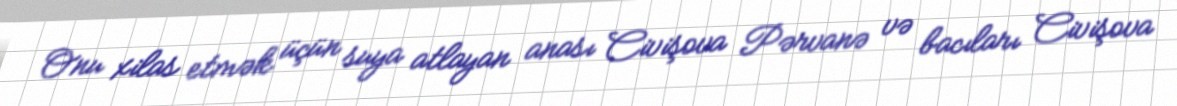
Onu xilas etmək üçün suya atlayan anası Civişova Pərvanə və bacıları Civişova